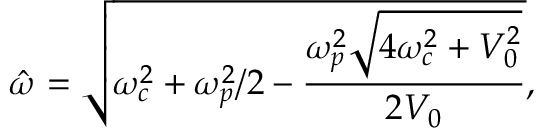
\hat { \omega } = \sqrt { \omega _ { c } ^ { 2 } + \omega _ { p } ^ { 2 } / 2 - \frac { \omega _ { p } ^ { 2 } \sqrt { 4 \omega _ { c } ^ { 2 } + V _ { 0 } ^ { 2 } } } { 2 V _ { 0 } } } ,